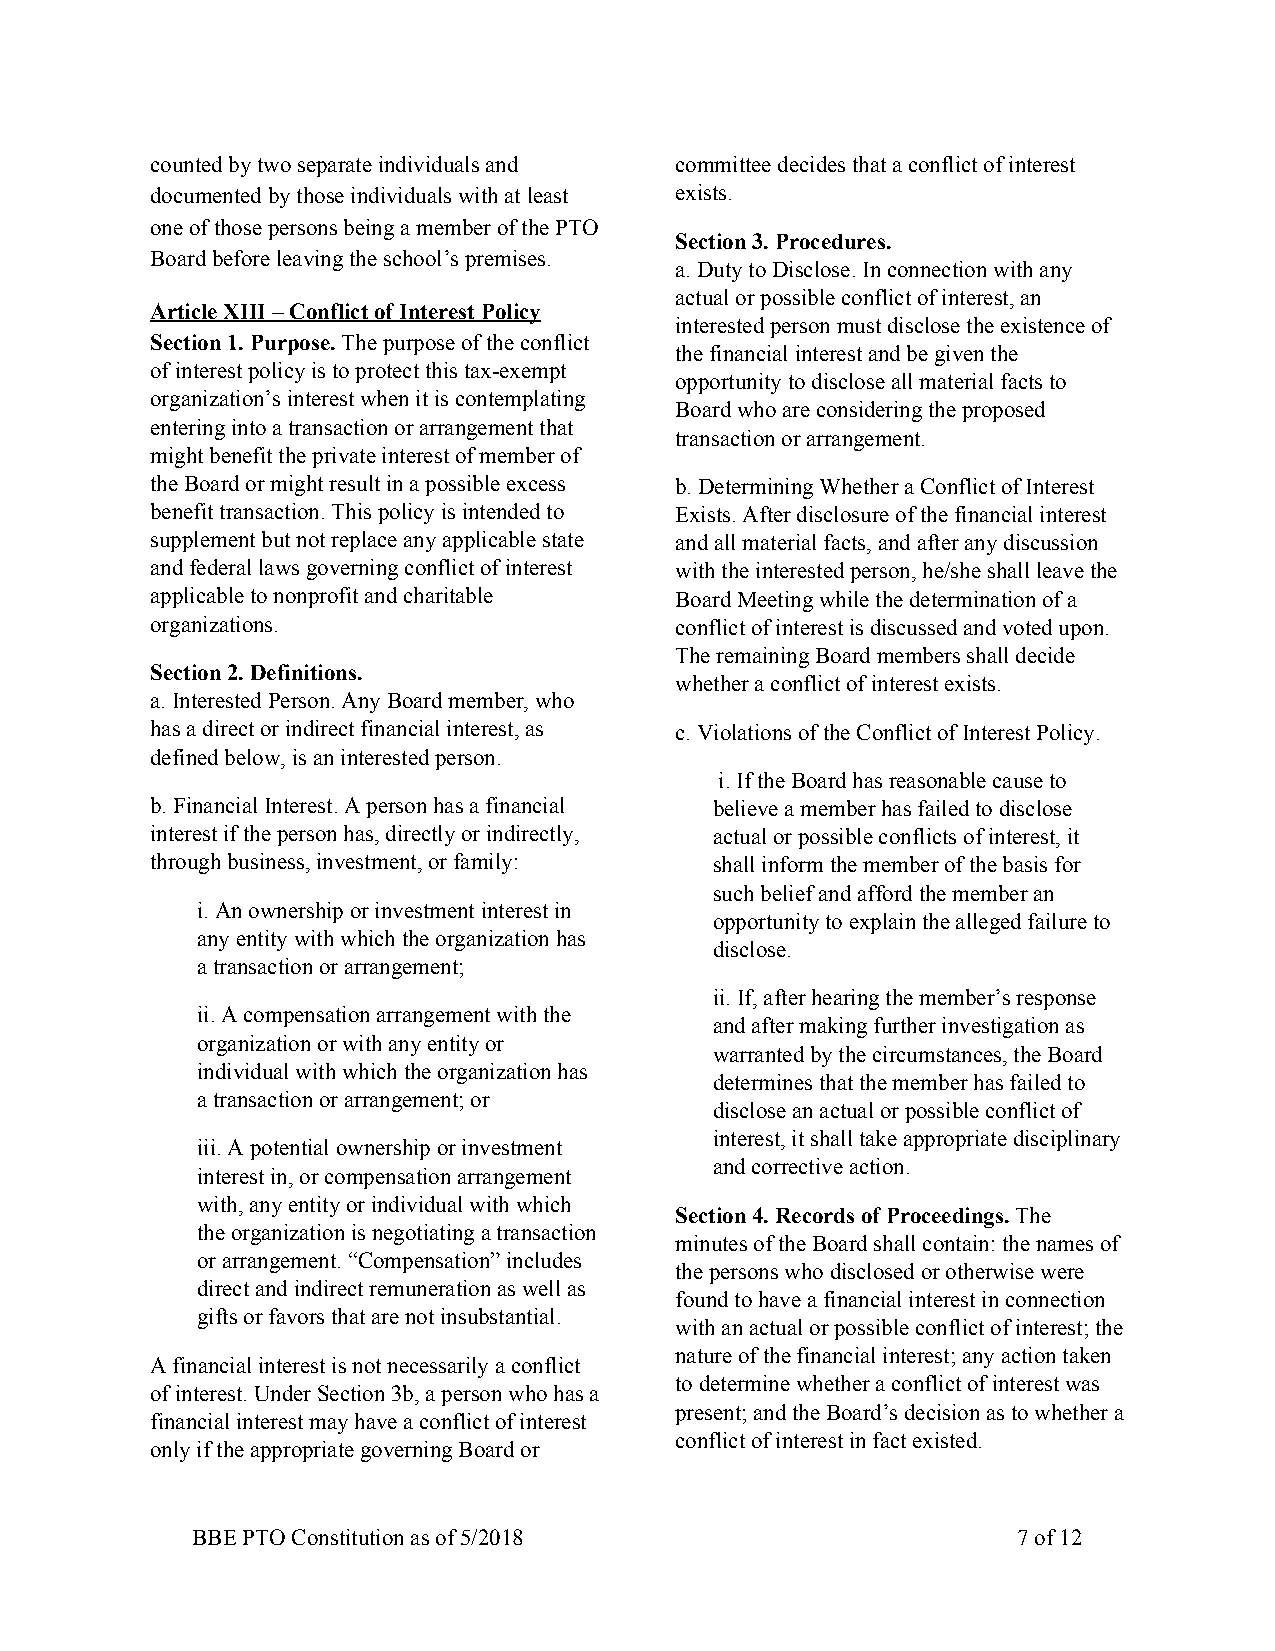
counted by two separate individuals and committee decides that a conflict of interest
 documented by those individuals with at least exists.
 one of those persons being a member of the PTO
 Section 3. Procedures.
 Board before leaving the school’s premises.
 a. Duty to Disclose. In connection with any
 actual or possible conflict of interest, an
 Article XIII – Conflict of Interest Policy
 interested person must disclose the existence of
 Section 1. Purpose. The purpose of the conflict
 ​                      the financial interest and be given the
 of interest policy is to protect this tax-exempt
 opportunity to disclose all material facts to
 organization’s interest when it is contemplating
 Board who are considering the proposed
 entering into a transaction or arrangement that
 transaction or arrangement.
 might benefit the private interest of member of
 the Board or might result in a possible excess b. Determining Whether a Conflict of Interest
 benefit transaction. This policy is intended to Exists. After disclosure of the financial interest
 supplement but not replace any applicable state and all material facts, and after any discussion
 and federal laws governing conflict of interest with the interested person, he/she shall leave the
 applicable to nonprofit and charitable Board Meeting while the determination of a
 organizations.                     conflict of interest is discussed and voted upon.
 The remaining Board members shall decide
 Section 2. Definitions.
 whether a conflict of interest exists.
 a. Interested Person. Any Board member, who
 has a direct or indirect financial interest, as c. Violations of the Conflict of Interest Policy.
 defined below, is an interested person.
 i. If the Board has reasonable cause to
 b. Financial Interest. A person has a financial believe a member has failed to disclose
 interest if the person has, directly or indirectly, actual or possible conflicts of interest, it
 through business, investment, or family: shall inform the member of the basis for
 such belief and afford the member an
 i. An ownership or investment interest in
 opportunity to explain the alleged failure to
 any entity with which the organization has
 disclose.
 a transaction or arrangement;
 ii. If, after hearing the member’s response
 ii. A compensation arrangement with the
 and after making further investigation as
 organization or with any entity or
 warranted by the circumstances, the Board
 individual with which the organization has
 determines that the member has failed to
 a transaction or arrangement; or
 disclose an actual or possible conflict of
 interest, it shall take appropriate disciplinary
 iii. A potential ownership or investment
 and corrective action.
 interest in, or compensation arrangement
 with, any entity or individual with which
 Section 4. Records of Proceedings. The
 the organization is negotiating a transaction         ​
 minutes of the Board shall contain: the names of
 or arrangement. “Compensation” includes
 the persons who disclosed or otherwise were
 direct and indirect remuneration as well as
 found to have a financial interest in connection
 gifts or favors that are not insubstantial.
 with an actual or possible conflict of interest; the
 nature of the financial interest; any action taken
 A financial interest is not necessarily a conflict
 to determine whether a conflict of interest was
 of interest. Under Section 3b, a person who has a
 present; and the Board’s decision as to whether a
 financial interest may have a conflict of interest
 conflict of interest in fact existed.
 only if the appropriate governing Board or
 BBE PTO Constitution as of 5/2018                     7 of 12